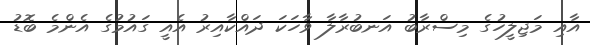
އާއި މަޖިލީހުގެ މިސްރާބު އަނބުރާލާ ވާހަކަ ދައްކާއިރު އެއީ ގައުމުގެ އެންމެ ބޮޑު